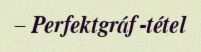
– Perfektgráf-tétel